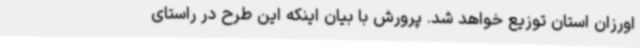
اورزان استان توزیع خواهد شد. پرورش با بیان اینکه این طرح در راستای